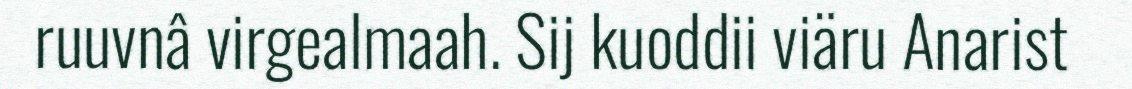
ruuvnâ virgealmaah. Sij kuoddii viäru Anarist